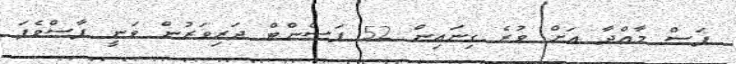
ފަސް މާއްދާ އަށް ވުރެ ގިނައިން 52 ޕަސެންޓް ދަރިވަރުން ވަނީ ފާސްވެފަ